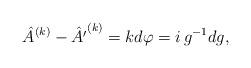
LaTeX: \begin{align*}\hat A^{(k)}-\hat{A'}^{(k)}=k{d\varphi}={i}\,g^{-1} d g,\end{align*}